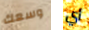
وسعك أي